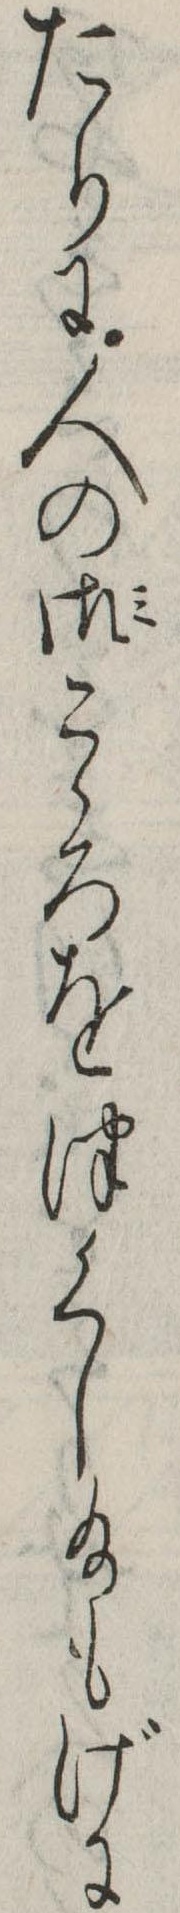
たりに人の御こゝろをつくし給もげに